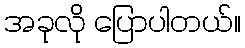
အခုလို ပြောပါတယ်။